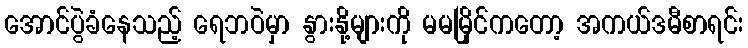
အောင်ပွဲခံနေသည့် ရေဘဝဲမှာ နွားနို့များကို မမမြိုင်ကတော့ အကယ်ဒမီစာရင်း